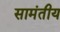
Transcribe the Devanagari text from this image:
सामंतीय